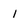
Character: l